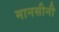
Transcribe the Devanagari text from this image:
मानसीनी